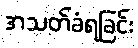
အသတ်ခံရခြင်း